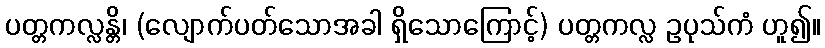
ပတ္တကလ္လန္တိ၊ (လျောက်ပတ်သောအခါ ရှိသောကြောင့်) ပတ္တကလ္လ ဥပုသ်ကံ ဟူ၍။